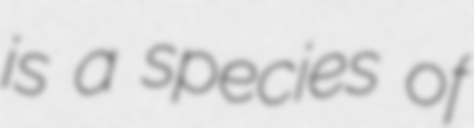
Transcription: is a species of